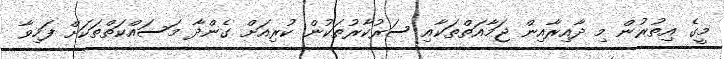
މީގެ އިތުރުން މި ދާއިރާއިން ޖަމާއަތްތަކާއި ސަރުކާރުތަކުން ކުރިއަށް ގެންދާ މަސައްކަތްތަކަށް ފަހިވާ